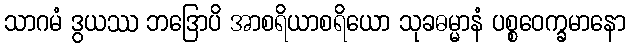
သာဂမံ ဒွယဿ ဘဒြောပိ အာစရိယာစရိယော သုခဓမ္မာနံ ပစ္စဝေက္ခမာနော